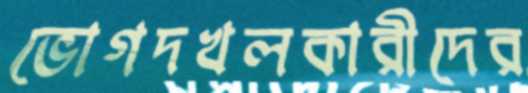
ভোগদখলকারীদের